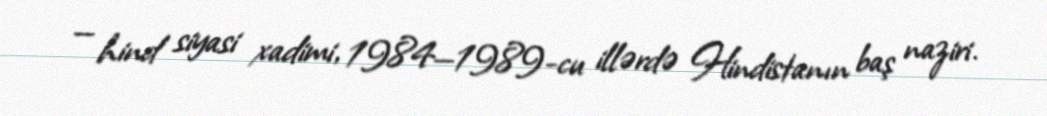
— hind siyasi xadimi, 1984—1989-cu illərdə Hindistanın baş naziri.